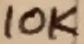
Text: 10K